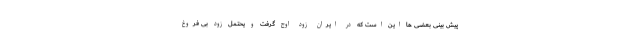
پیش بینی بعضی ها این است که در ایران زود اوج گرفت و یحتمل زود بی فروغ